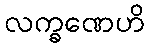
လက္ခဏေဟိ